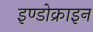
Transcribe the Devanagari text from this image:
इण्डोक्राइन